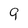
Character: 9